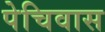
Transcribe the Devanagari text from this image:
पेचिवास